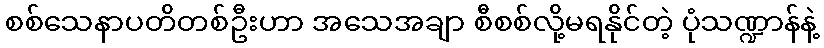
စစ်သေနာပတိတစ်ဦးဟာ အသေအချာ စီစစ်လို့မရနိုင်တဲ့ ပုံသဏ္ဍာန်နဲ့